Vaccination United Provinces of Agra and Oudh 1914-1922 - 1914-1922
Year: 1914
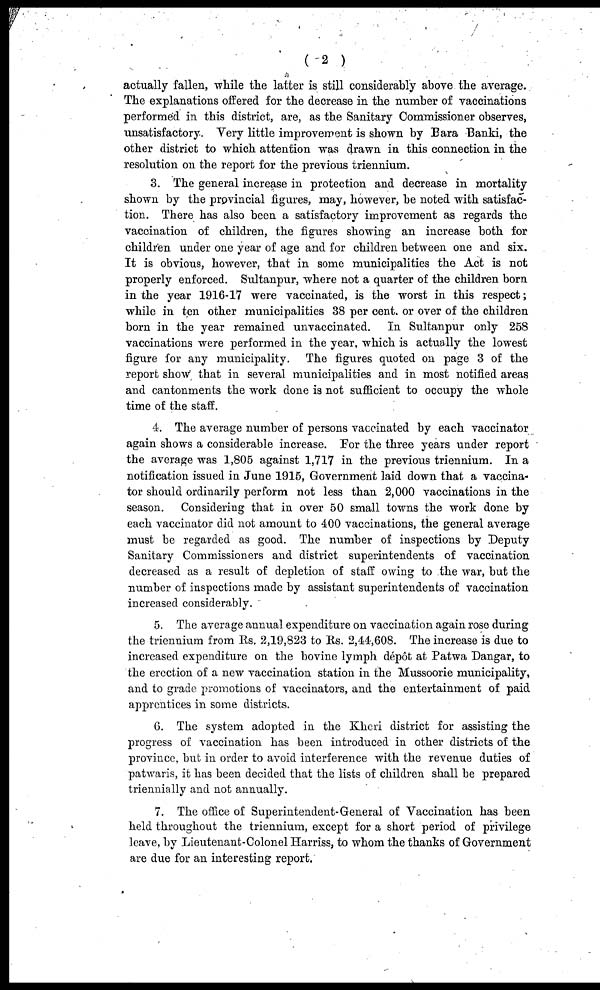
( 2 )
actually fallen, while the latter is still considerably above the average.
The explanations offered for the decrease in the number of vaccinations
performed in this district, are, as the Sanitary Commissioner observes,
unsatisfactory. Very little improvement is shown by Bara Banki, the
other district to which attention was drawn in this connection in the
resolution on the report for the previous triennium.
3. The general increase in protection and decrease in mortality
shown by the provincial figures, may, however, be noted with satisfac-
tion. There has also been a satisfactory improvement as regards the
vaccination of children, the figures showing an increase both for
children under one year of age and for children between one and six.
It is obvious, however, that in some municipalities the Act is not
properly enforced. Sultanpur, where not a quarter of the children born
in the year 1916-17 were vaccinated, is the worst in this respect;
while in ten other municipalities 38 per cent. or over of the children
born in the year remained unvaccinated. In Sultanpur only 258
vaccinations were performed in the year, which is actually the lowest
figure for any municipality. The figures quoted on page 3 of the
report show that in several municipalities and in most notified areas
and cantonments the work done is not sufficient to occupy the whole
time of the staff.
4. The average number of persons vaccinated by each vaccinator
again shows a considerable increase. For the three years under report
the average was 1,805 against 1,717 in the previous triennium. In a
notification issued in June 1915, Government laid down that a vaccina-
tor should ordinarily perform not less than 2,000 vaccinations in the
season. Considering that in over 50 small towns the work done by
each vaccinator did not amount to 400 vaccinations, the general average
must be regarded as good. The number of inspections by Deputy
Sanitary Commissioners and district superintendents of vaccination
decreased as a result of depletion of staff owing to the war, but the
number of inspections made by assistant superintendents of vaccination
increased considerably.
5. The average annual expenditure on vaccination again rose during
the triennium from Rs. 2,19,823 to Rs. 2,44,608. The increase is due to
increased expenditure on the bovine lymph dépôt at Patwa Dangar, to
the erection of a new vaccination station in the Mussoorie municipality,
and to grade promotions of vaccinators, and the entertainment of paid
apprentices in some districts.
6. The system adopted in the Kheri district for assisting the
progress of vaccination has been introduced in other districts of the
province, but in order to avoid interference with the revenue duties of
patwaris, it has been decided that the lists of children shall be prepared
triennially and not annually.
7. The office of Superintendent-General of Vaccination has been
held throughout the triennium, except for a short period of privilege
leave, by Lieutenant-Colonel Harriss, to whom the thanks of Government
are due for an interesting report.